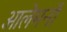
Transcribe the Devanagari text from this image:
आलेमनों